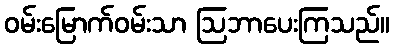
ဝမ်းမြောက်ဝမ်းသာ ဩဘာပေးကြသည်။